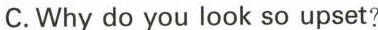
C.Whydo you look so upset?